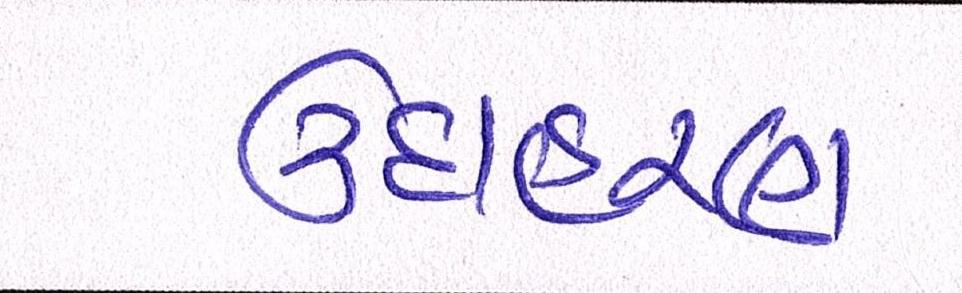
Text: ઉદાહરણ